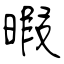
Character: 暇